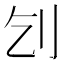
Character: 刉